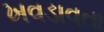
ખવડાવતા